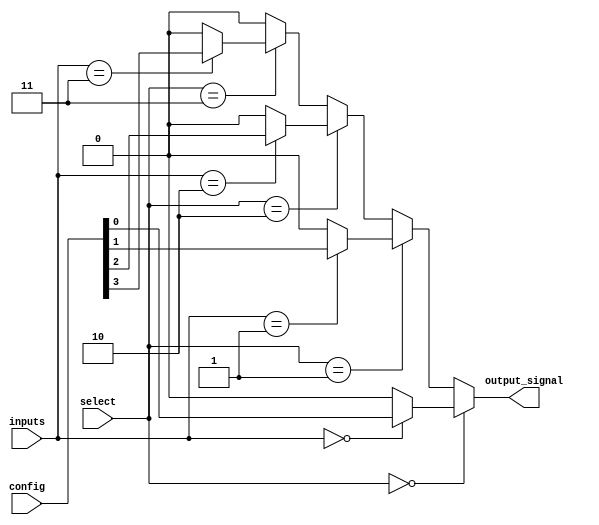
module CLB (
    input wire [3:0] inputs,          // 4-input lines
    input wire [1:0] select,          // Selector for multiplexers
    input wire [3:0] config,          // Configuration bits for LUT
    output wire output_signal          // Output line
);

// Internal signals
wire [15:0] lut_output;              // Output from LUT
wire [3:0] lut_inputs;               // Inputs for LUT
wire mux_output;                     // Output from multiplexer

// LUT implementation (4-input)
generate
    genvar i;
    for (i = 0; i < 16; i = i + 1) begin : lut
        assign lut_output[i] = (inputs == i) ? config[i] : 1'b0;
    end
endgenerate

// MUX to select output based on control signal
assign mux_output = (select == 2'b00) ? lut_output[0] :
                    (select == 2'b01) ? lut_output[1] :
                    (select == 2'b10) ? lut_output[2] :
                    (select == 2'b11) ? lut_output[3] : 1'b0;

// Final output signal
assign output_signal = mux_output;

endmodule